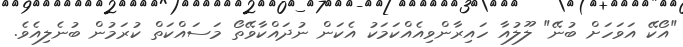
"އޯކޭ އަވަހަށް ބުނޭ" ލޫލުއާ ހައިރާންވިއެއްކަމަކު އެކަން ނުދައްކާވޭތޯ މަސައްކަތް ކުރަމުން ބުނެލިއެވެ.